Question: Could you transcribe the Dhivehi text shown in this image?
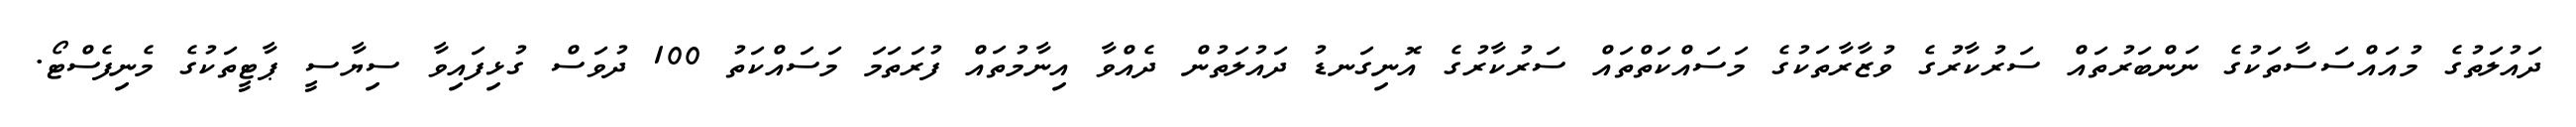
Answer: ދައުލަތުގެ މުއައްސަސާތަކުގެ ނަންބަރުތައް ސަރުކާރުގެ ވުޒާރާތަކުގެ މަސައްކަތްތައް ސަރުކާރުގެ އޮނިގަނޑު ދައުލަތުން ދެއްވާ އިނާމުތައް ފުރަތަމަ މަސައްކަތު 100 ދުވަސް ގުޅިފައިވާ ސިޔާސީ ޕާޓީތަކުގެ މެނިފެސްޓޯ.